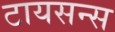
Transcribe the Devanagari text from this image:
टायसन्स